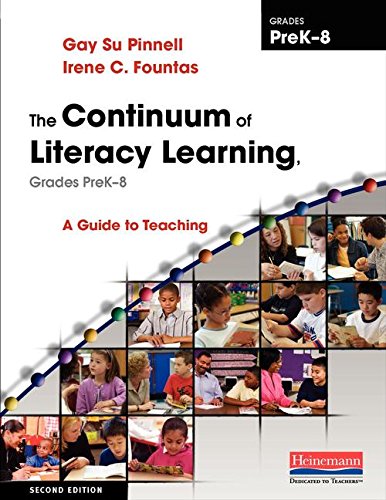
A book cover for The Continuum of Literacy Learning, Grades PreK-8, Second Edition: A Guide to Teaching; Irene Fountas; Education & Teaching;